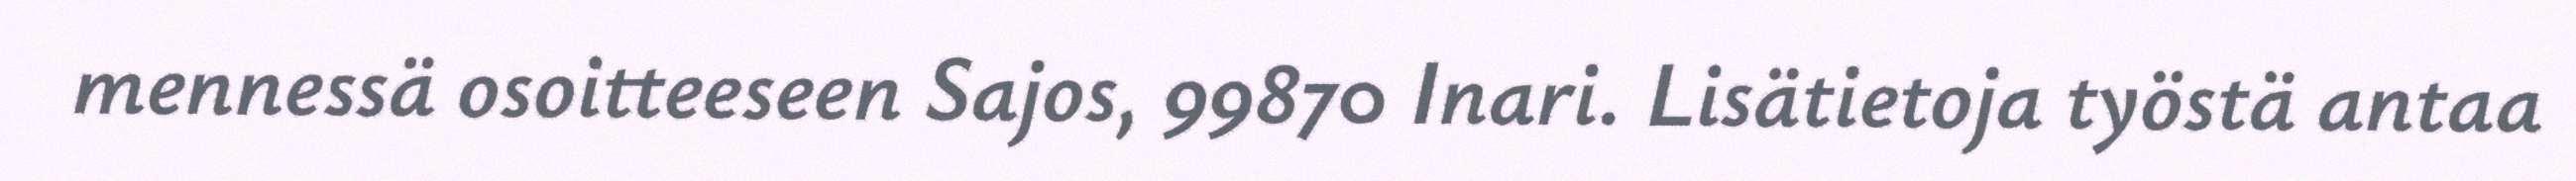
mennessä osoitteeseen Sajos, 99870 Inari. Lisätietoja työstä antaa